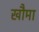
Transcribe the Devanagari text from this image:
खौमा